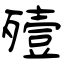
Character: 殪